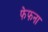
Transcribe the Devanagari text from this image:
फेफना